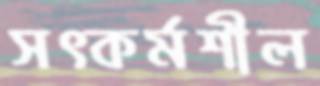
সত্কর্মশীল